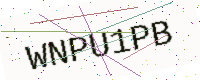
Text: WNPU1PB